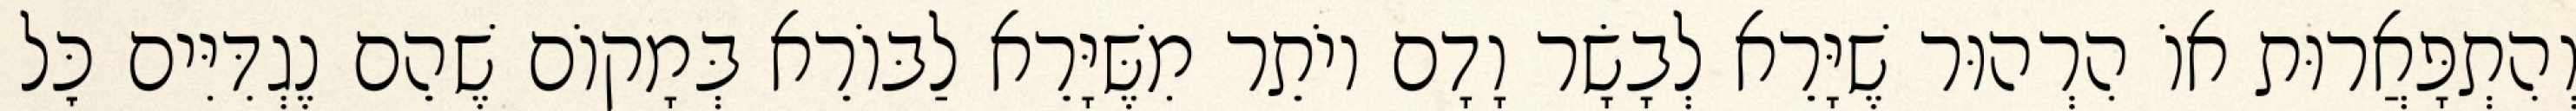
וְהִתְפָּאֲרוּת אוֹ הִרְהוּר שֶׁיָּרֵא לְבָשָׂר וָדָם יוֹתֵר מִשֶּׁיָּרֵא לַבּוֹרֵא בְּמָקוֹם שֶׁהֵם נֶגְדִּיִּים כׇּל